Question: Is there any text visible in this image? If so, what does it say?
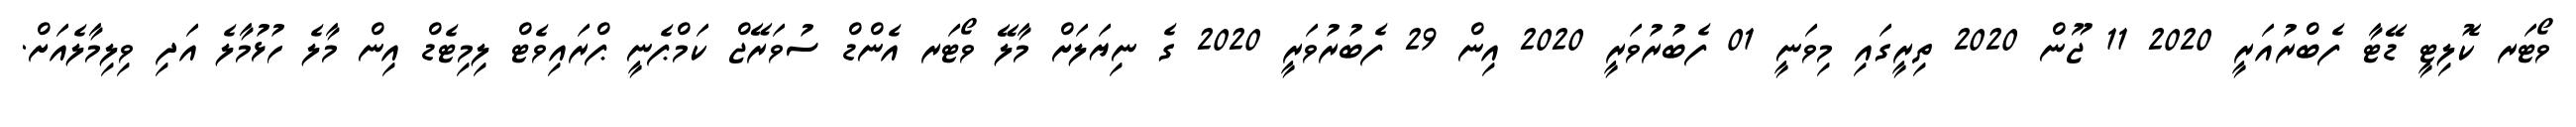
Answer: ވޯޓަރ ކޮލިޓީ ޑޭޓާ ފެބްރުއަރީ 2020 11 ޖޫން 2020 ތިރީގައި މިވަނީ 01 ފެބުރުވަރީ 2020 އިން 29 ފެބުރުވަރީ 2020 ގެ ނިޔަލަށް މާލޭ ވޯޓަރ އެންޑް ސުވަރޭޖް ކަމްޕެނީ ޕްރައިވެޓް ލިމިޓެޑް އިން މާލެ ހުޅުމާލެ އަދި ވިލިމާލެއަށް.